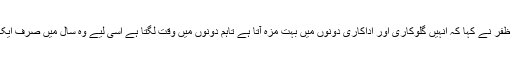
اس بارے میں علی ظفر نے کہا کہ انہیں گلوکاری اور اداکاری دونوں میں بہت مزہ آتا ہے تاہم دونوں میں وقت لگتا ہے اسی لیے وہ سال میں صرف ایک ہی فلم کرتے ہیں۔